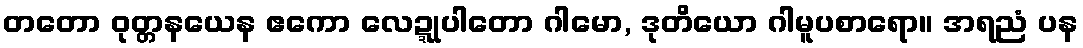
တတော ဝုတ္တနယေန ဧကော လေဍ္ဍုပါတော ဂါမော, ဒုတိယော ဂါမူပစာရော။ အရညံ ပန